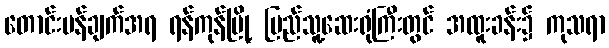
တောင်းပန်ချက်အရ ရန်ကုန်မြို့ ပြည်သူ့ဆေးရုံကြီးတွင် အထူးခန်း၌ ကုသရာ